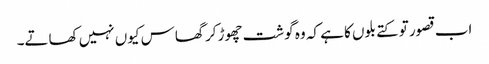
اب قصور تو کتے بلوں کا ہے کہ وہ گوشت چھوڑ کر گھاس کیوں نہیں کھاتے۔